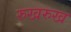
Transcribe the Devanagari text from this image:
रुखरुख